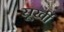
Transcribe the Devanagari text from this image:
सूर्खी